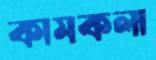
কামকলা